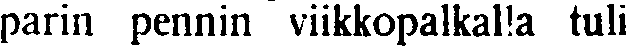
parin pennin viikkopalkalla tuli